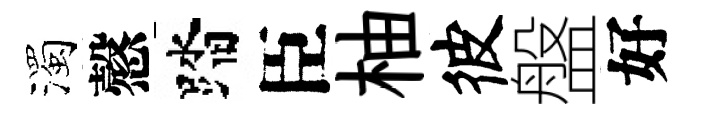
濁慤踏臣柚彼盤好